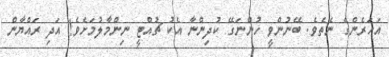
އަހަރެންގެ ނެތެވެ. ބޭނުންވީ ހުންނަގޭ ކުދިންނާ އެކު ޗުއްޓީ ނިންމާލުމަށެވެ! އަދި ރައްޔާން